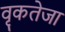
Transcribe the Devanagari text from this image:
वृकतेजा